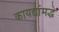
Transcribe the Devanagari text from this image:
कायद्यांमद्धे